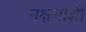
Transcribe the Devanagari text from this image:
नक्षत्राशी